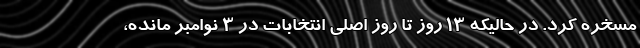
مسخره کرد. در حالیکه 13 روز تا روز اصلی انتخابات در 3 نوامبر مانده،